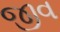
જીવ